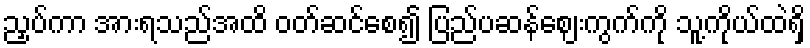
ညှပ်ကာ အားရသည်အထိ ဝတ်ဆင်စေ၍ ပြည်ပဆန်ဈေးကွက်ကို သူ့ကိုယ်ထဲရှိ